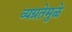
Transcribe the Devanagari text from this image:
व्यग्रतेमुळे